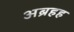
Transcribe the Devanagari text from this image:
अब्रहह